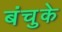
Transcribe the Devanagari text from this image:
बंचुके